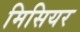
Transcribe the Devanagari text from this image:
मिसियर